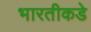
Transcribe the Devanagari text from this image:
भारतीकडे